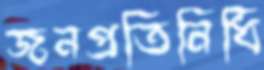
জনপ্রতিনিধি